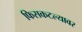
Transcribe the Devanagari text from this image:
फिसकटल्यावर